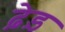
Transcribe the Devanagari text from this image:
ढ़ेड़